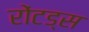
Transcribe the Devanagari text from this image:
रोंटड्स